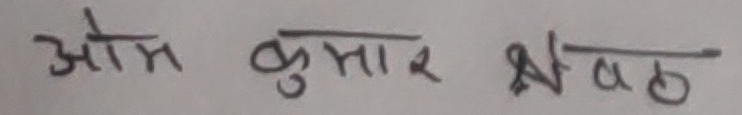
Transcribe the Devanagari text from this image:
ओम कुमार श्रेष्ठ